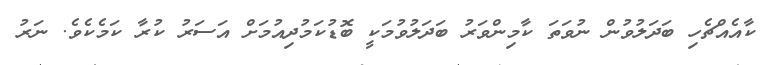
ކާއެއްޗެހި ބަދަލުވުން ނުވަތަ ކާމިންވަރު ބަދަލުވުމަކީ ބޮޑުކަމުދިއުމަށް އަސަރު ކުރާ ކަމެކެވެ. ނަރު